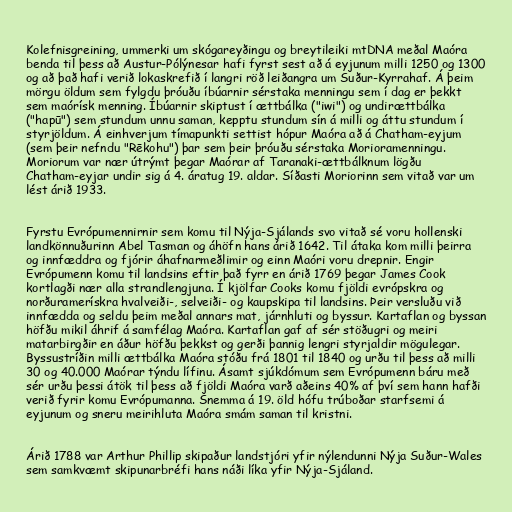
Kolefnisgreining, ummerki um skógareyðingu og breytileiki mtDNA meðal Maóra
benda til þess að Austur-Pólýnesar hafi fyrst sest að á eyjunum milli 1250 og 1300
og að það hafi verið lokaskrefið í langri röð leiðangra um Suður-Kyrrahaf. Á þeim
mörgu öldum sem fylgdu þróuðu íbúarnir sérstaka menningu sem í dag er þekkt
sem maórísk menning. Íbúarnir skiptust í ættbálka ("iwi") og undirættbálka
("hapū") sem stundum unnu saman, kepptu stundum sín á milli og áttu stundum í
styrjöldum. Á einhverjum tímapunkti settist hópur Maóra að á Chatham-eyjum
(sem þeir nefndu "Rēkohu") þar sem þeir þróuðu sérstaka Morioramenningu.
Moriorum var nær útrýmt þegar Maórar af Taranaki-ættbálknum lögðu
Chatham-eyjar undir sig á 4. áratug 19. aldar. Síðasti Moriorinn sem vitað var um
lést árið 1933.

Fyrstu Evrópumennirnir sem komu til Nýja-Sjálands svo vitað sé voru hollenski
landkönnuðurinn Abel Tasman og áhöfn hans árið 1642. Til átaka kom milli þeirra
og innfæddra og fjórir áhafnarmeðlimir og einn Maóri voru drepnir. Engir
Evrópumenn komu til landsins eftir það fyrr en árið 1769 þegar James Cook
kortlagði nær alla strandlengjuna. Í kjölfar Cooks komu fjöldi evrópskra og
norðuramerískra hvalveiði-, selveiði- og kaupskipa til landsins. Þeir versluðu við
innfædda og seldu þeim meðal annars mat, járnhluti og byssur. Kartaflan og byssan
höfðu mikil áhrif á samfélag Maóra. Kartaflan gaf af sér stöðugri og meiri
matarbirgðir en áður höfðu þekkst og gerði þannig lengri styrjaldir mögulegar.
Byssustríðin milli ættbálka Maóra stóðu frá 1801 til 1840 og urðu til þess að milli
30 og 40.000 Maórar týndu lífinu. Ásamt sjúkdómum sem Evrópumenn báru með
sér urðu þessi átök til þess að fjöldi Maóra varð aðeins 40% af því sem hann hafði
verið fyrir komu Evrópumanna. Snemma á 19. öld hófu trúboðar starfsemi á
eyjunum og sneru meirihluta Maóra smám saman til kristni.

Árið 1788 var Arthur Phillip skipaður landstjóri yfir nýlendunni Nýja Suður-Wales
sem samkvæmt skipunarbréfi hans náði líka yfir Nýja-Sjáland.